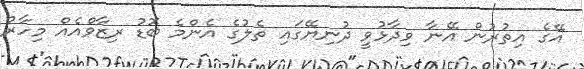
އޭގެ އިތުރުން އޭނާ ވިދާޅުވީ ދުނިޔޭގައި ތެލުގެ އެންމެ ބޮޑު ރިޒާވްއެއް މިހާރު